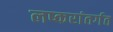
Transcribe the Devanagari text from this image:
लष्करांतर्गत